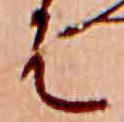
は